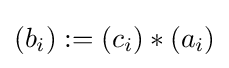
(b_{i}):=(c_{i})*(a_{i})